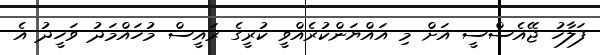
ފަލާހު ޖޭއެސްސީ އަށް މި އައްޔަންކުރެއްވީ ކުރީގެ ރައީސް މުހައްމަދު ވަހީދު އެ